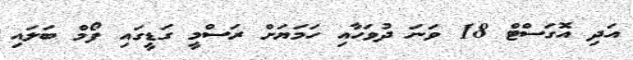
އަދި އޮގަސްޓް 18 ވަނަ ދުވަހާއި ހަމަޔަށް ރަސްމީ ގަޑީގައި ފޯމް ބަލައި